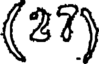
(27)